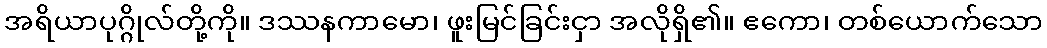
အရိယာပုဂ္ဂိုလ်တို့ကို။ ဒဿနကာမော၊ ဖူးမြင်ခြင်းငှာ အလိုရှိ၏။ ဧကော၊ တစ်ယောက်သော